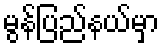
မွန်ပြည်နယ်မှာ